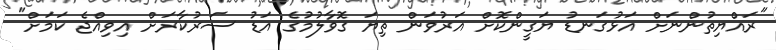
"ރައްޔިތުންނަށް އަޅުގަނޑު ޔަގީންކޮށް އަރުވަން ތިޔަ ގޮވާލުމުގެ އަޑު ސަރުކާރަށް އިވިއްޖެ ކަމަށް"